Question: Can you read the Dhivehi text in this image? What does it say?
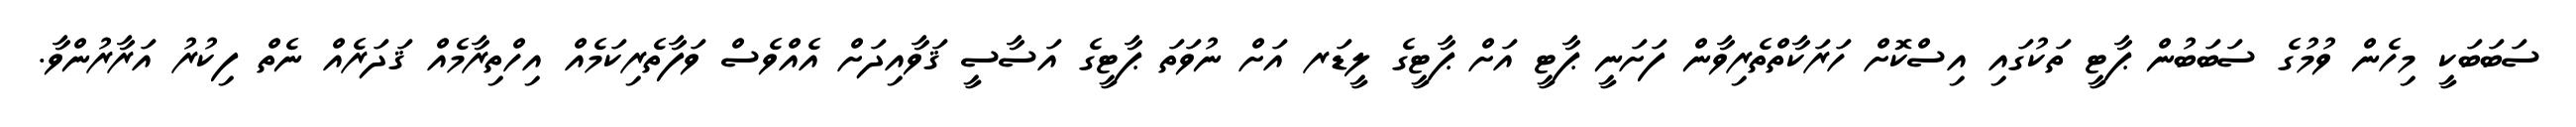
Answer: ސަބަބަކީ މިހެން ވުމުގެ ސަބަބުން ޕާޓީ ތަކުގައި އިސްކޮށް ހަރަކާތްތެރިވާން ފަށަނީ ޕާޓީ އަށް ޕާޓީގެ ލީޑަރ އަށް ނުވަތަ ޕާޓީގެ އަސާސީ ޤަވާއިދަށް އެއްވެސް ވަފާތެރިކަމެއް އިހްތިރާމެއް ޤަދަރެއް ނެތް ފިކުރު އަރާރުންވާ.